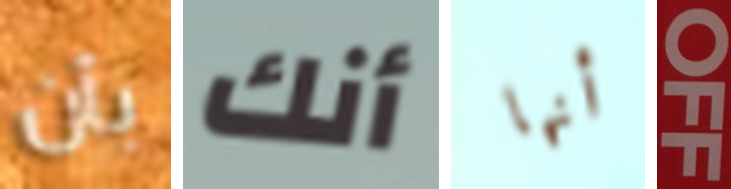
بأن أنك أنها OFF